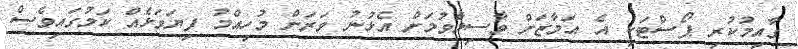
ގާއިމުކުރި ޕޯސްޓަކީ އެ އަމާޒަށް ވާސިލްވުމަށް އެޅުނު ވަރަށް މުހިއްމު ފިޔަވަޅެއް ކަމުގައިވެސް